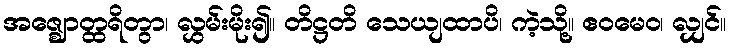
အဇ္ဈောတ္ထရိတွာ၊ လွှမ်းမိုး၍။ တိဋ္ဌတိ သေယျထာပိ၊ ကဲ့သို့။ ဧဝမေဝ၊ လျှင်။